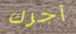
أجرك